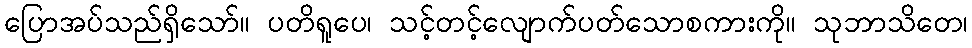
ပြောအပ်သည်ရှိသော်။ ပတိရူပေ၊ သင့်တင့်လျောက်ပတ်သောစကားကို။ သုဘာသိတေ၊